system: You are a helpful assistant.
user:
Analyze the provided spectrum to determine if it is a **White Dwarf (WD)**.

A White Dwarf spectrum is defined by its **extreme purity** (due to gravitational settling) and/or **extreme pressure broadening** (due to high surface gravity). You must check for one of the following mutually exclusive signatures:

- **Key Visual Indicators (Check for ONE of these types):**

    - **1. DA-Type Signature (Most Common):**
        - **(Primary Feature):** Extreme pressure broadening (Stark broadening) of the **Hydrogen (H) Balmer lines**.
        - **(Key Lines):** $H\beta$ (approx. $4861$ Å) and $H\gamma$ (approx. $4340$ Å). $H\alpha$ (approx. $6563$ Å) will also be present if the wavelength range covers it.
        - **(Line Profile):** This is the **defining feature**. The lines are **NOT** sharp. They appear as massive, **extremely broad and deep "troughs" or "dips"** in the spectrum, often hundreds of Ångströms wide. The continuum will appear to "scoop" down at these wavelengths.
        - **(Distinction):** Normal A-type or B-type stars have *narrow* and *sharp* Hydrogen lines. A DA White Dwarf's lines are unmistakably "smeared" or "blurry" from pressure.

    - **2. DB-Type Signature:**
        - **(Primary Feature):** Broad absorption lines from **Neutral Helium (He I)**. The spectrum must lack any visible Hydrogen lines.
        - **(Key Lines):** Look for broad absorption near $4471$ Å, $4921$ Å, and $5876$ Å.
        - **(Line Profile):** These lines are also significantly pressure-broadened, appearing much wider than they would in a normal B-type main-sequence star.

    - **3. DC-Type Signature:**
        - **(Primary Feature):** A **featureless continuous spectrum**.
        - **(Line Profile):** The spectrum is a smooth curve with **no significant absorption or emission lines**.
        - **(Key Confirmation):** The continuum is almost always **blue or white**, indicating a hot object. This signature implies the atmosphere is so pure (or so cool) that no spectral lines are visible in the optical range. Its WD identity is confirmed by its extremely low intrinsic brightness (high absolute magnitude).

    - **4. DZ-Type Signature (Metal-Polluted):**
        - **(Primary Feature):** **Isolated, narrow metal absorption lines** on an otherwise featureless (DC-like) continuum.
        - **(Key Lines):** The **Calcium (Ca II) H & K doublet** (approx. **$3934$ Å** and **$3968$ Å**) is the most common and defining feature.
        - **(Line Profile):** These lines are "out of place." They are *not* part of a "forest" of thousands of lines. This signature is evidence of recent *accretion* (pollution) from rocky debris.
        - **(Distinction):** Normal G/K/M stars have a *dense forest* of thousands of metal lines. A DZ has a *clean* continuum with *only a few* strong metal lines.

    - **5. DQ-Type Signature (Carbon-Polluted):**
        - **(Primary Feature):** Absorption bands from **Carbon (C₂ "Swan Bands" or atomic C I)**.
        - **(Key Lines - C₂):** Look for bandheads with a "saw-tooth" shape near $5635$ Å, **$5165$ Å** (strongest), and $4737$ Å.
        - **(Key Confirmation):** The underlying **continuum must be blue or white** (hot).
        - **(Distinction):** This is the critical difference from a **Carbon Star**, which has the *exact same* C₂ bands but on an extremely **red, cool** continuum.

- **(Overall Spectrum):**
    - The continuum (overall shape) is typically **blue-sloping** (brighter in the blue than the red), as most white dwarfs are very hot.
    - The spectrum will look "pure" or "simple," dominated by only *one* of the five signatures listed above.

Think first, call **spectral_visualization_tool** if needed to examine features in detail, then provide your final answer. Your response must adhere to the following strict rules:
1.  **Overall Structure:** Your response must follow the format `<think>...</think> <tool_call>...</tool_call> (if a tool is used) <answer>...</answer>`.
2.  **Tool Usage Constraint:** You may only make **one** tool call per turn.
3.  **Final Answer Format:** In the `<answer>` tag, your conclusion must be inside a `\boxed{}` command (e.g., `\boxed{YES}` or `\boxed{NO}`), followed by your justification.

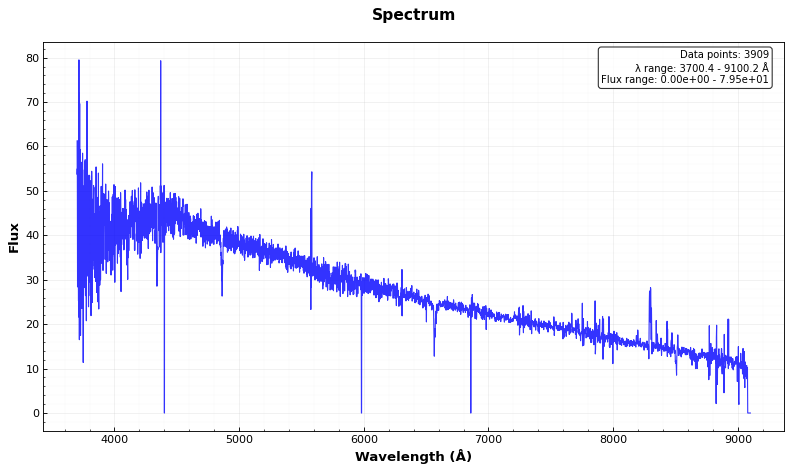
Answer: YES